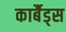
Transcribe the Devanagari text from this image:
कार्बैड्स